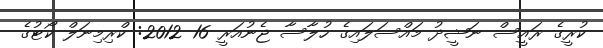
ކުރީގެ ރައީސް ނަޝީދު މައްސަލައިގެ ހުލާސާ ޖެނުއަރީ 16 2012: ކްރިމިނަލް ކޯޓުގެ